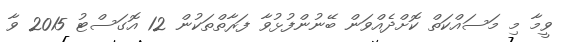
ވީމާ މި މަސައްކަތް ކޮށްދެއްވަން ބޭނުންފުޅުވާ ފަރާތްތަކުން 12 އޮގަސްޓު 2015 ވާ